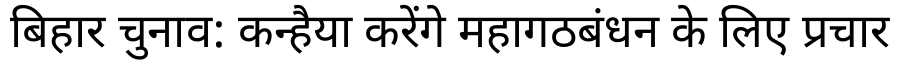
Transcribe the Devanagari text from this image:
बिहार चुनाव: कन्हैया करेंगे महागठबंधन के लिए प्रचार